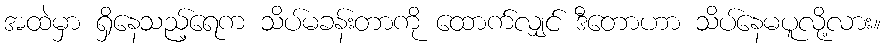
အထဲမှာ ရှိနေသည့်ရေက သိပ်မခန်းတာကို ထောက်လျှင် ဒီတောဟာ သိပ်နေမပူလို့လား။